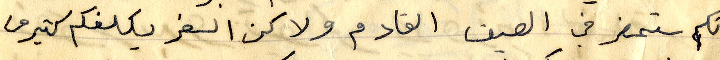
انكم ستحضر في الصيف القادم ولاكن السفر يكلفكم الكثير من